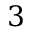
3